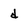
Character: d